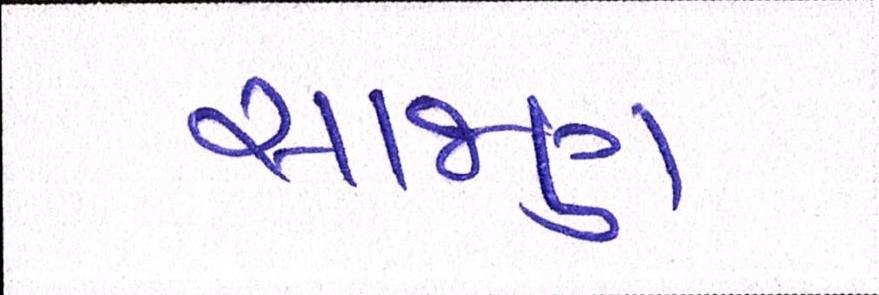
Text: સાજણ